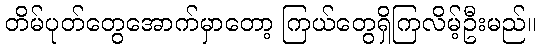
တိမ်ပုတ်တွေအောက်မှာတော့ ကြယ်တွေရှိကြလိမ့်ဦးမည်။